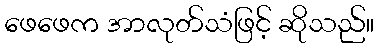
ဖေဖေက အာလုတ်သံဖြင့် ဆိုသည်။